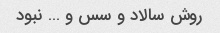
روش سالاد و سس و … نبود